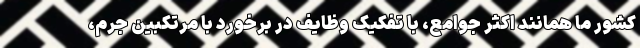
کشور ما همانند اکثر جوامع، با تفکیک وظایف در برخورد با مرتکبین جرم،